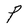
Character: P